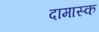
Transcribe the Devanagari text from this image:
दामास्क